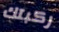
ركبتك